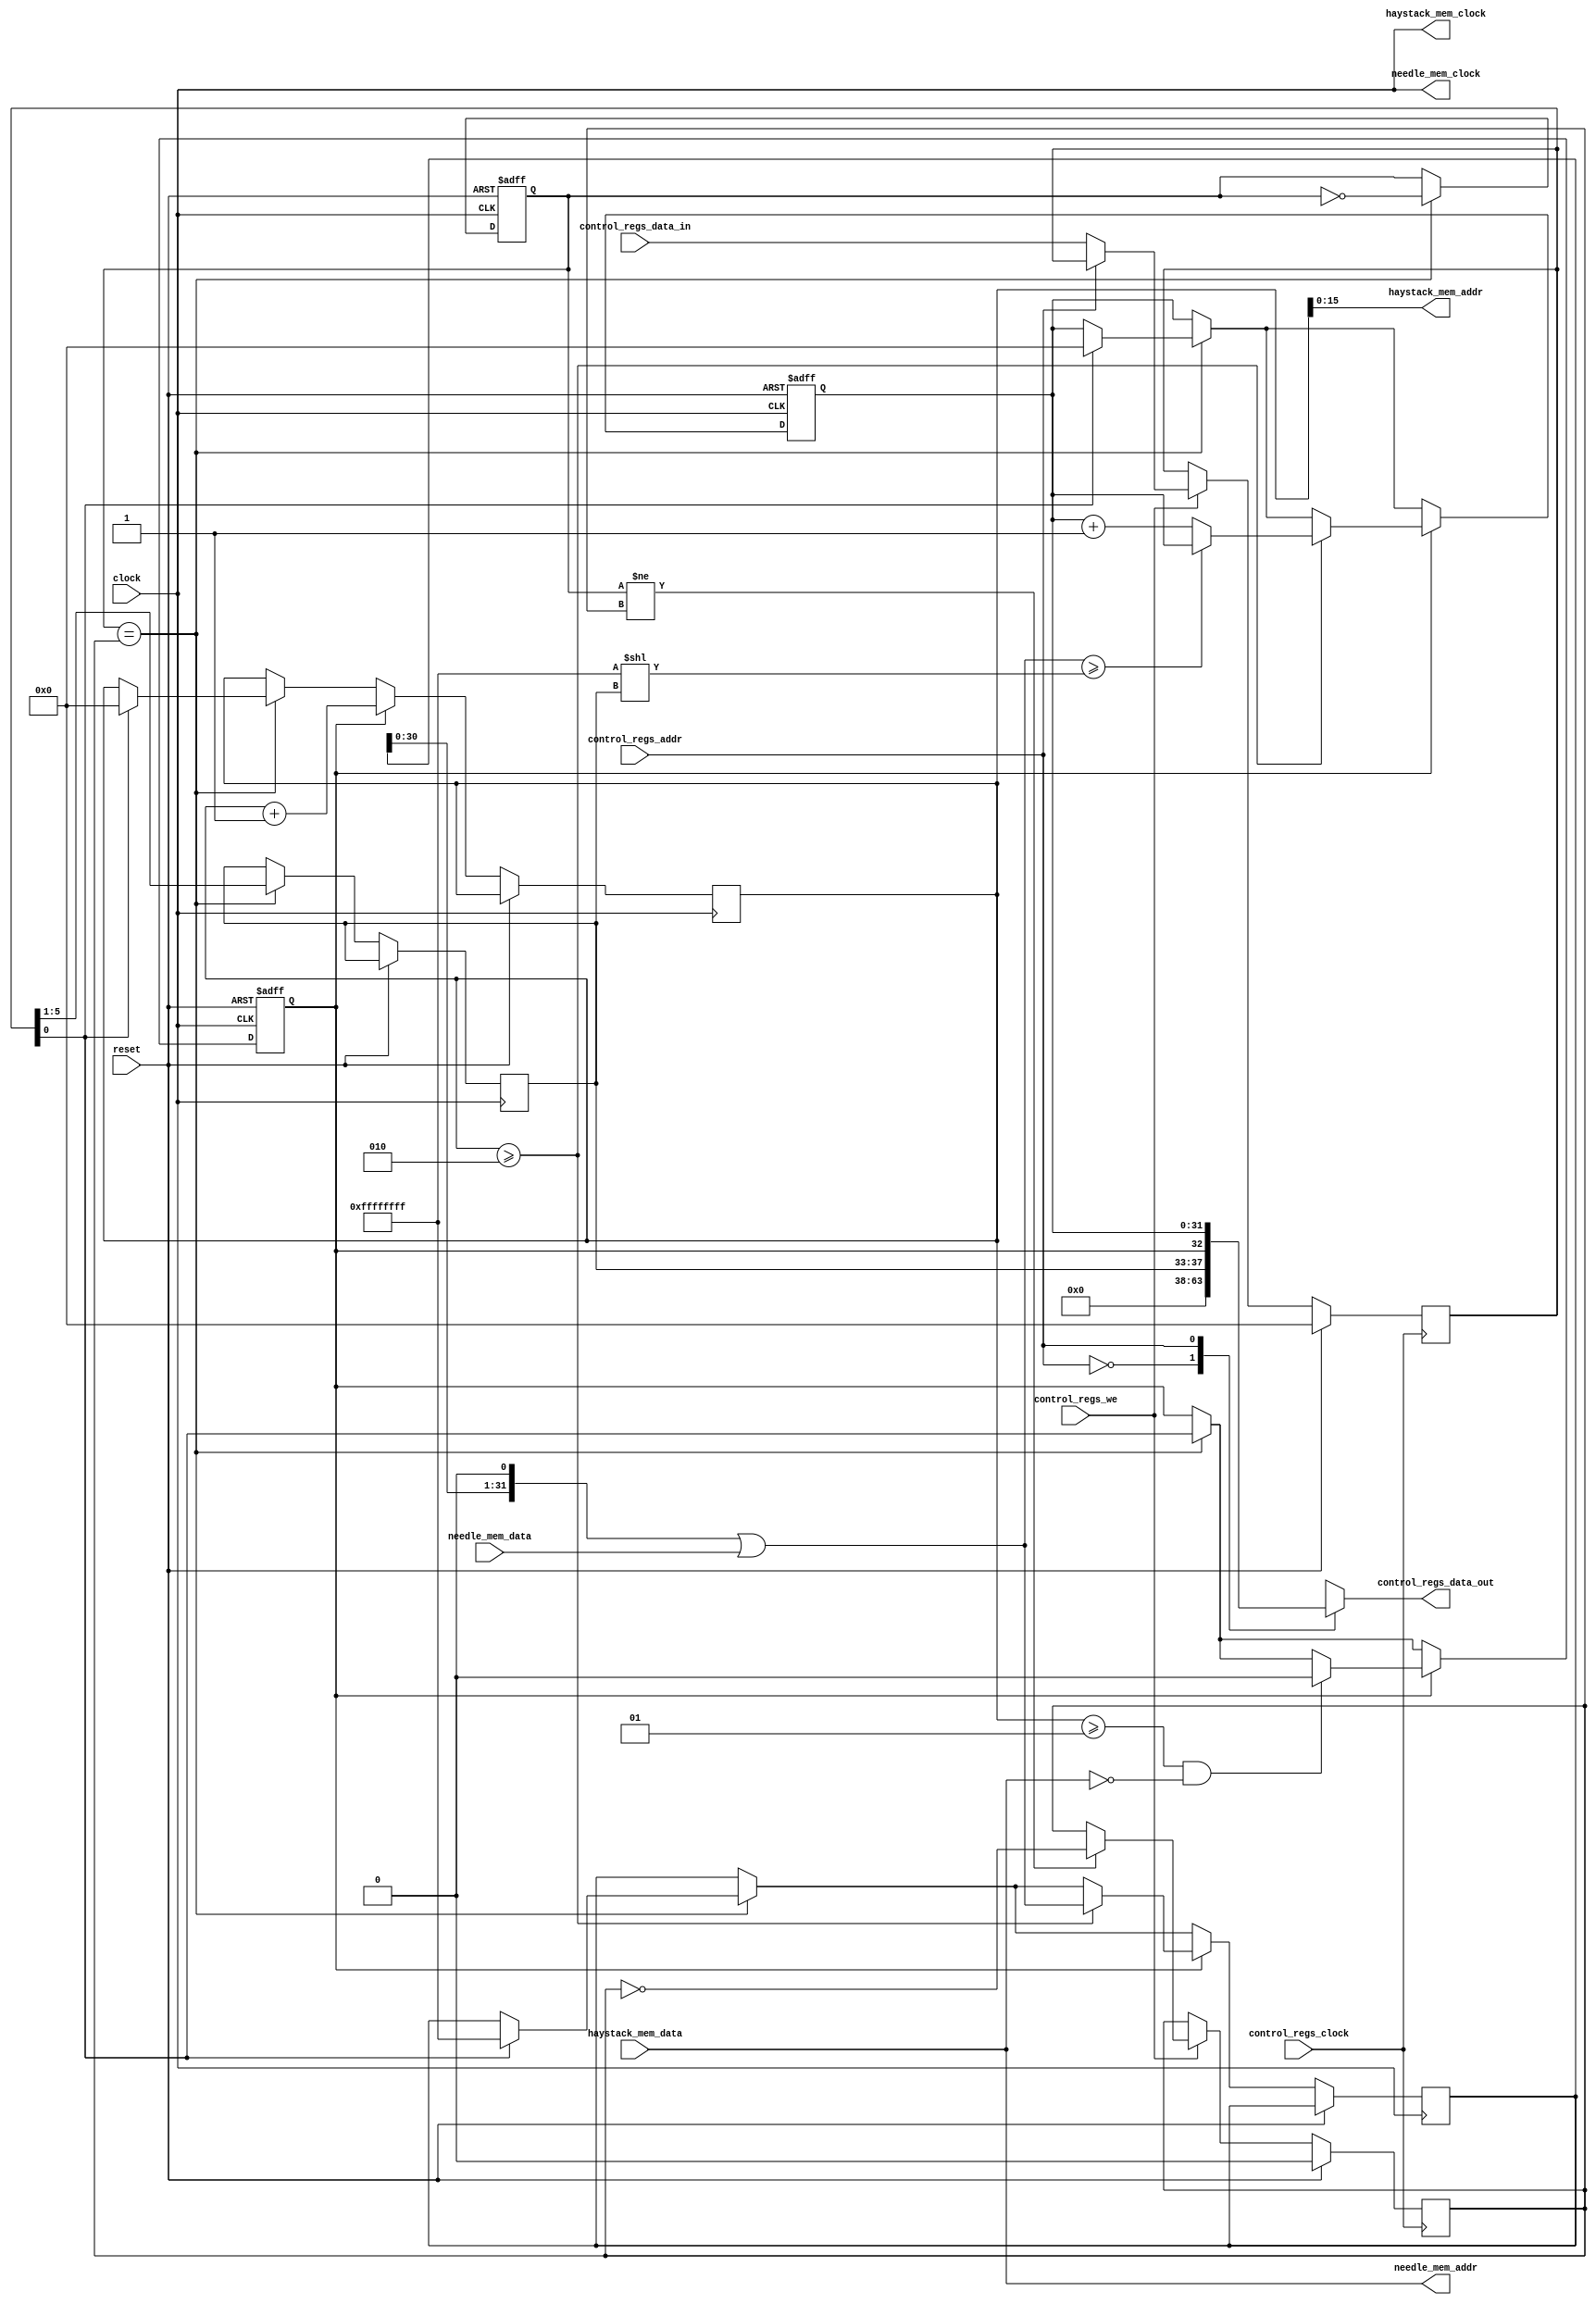
/*
 * Copyright 2014-2015 Igor Semenov (goshik92@gmail.com)
 *
 * This program is free software: you can redistribute it and/or modify
 * it under the terms of the GNU General Public License as published by
 * the Free Software Foundation, either version 3 of the License, or
 * (at your option) any later version.
 * This program is distributed in the hope that it will be useful,
 * but WITHOUT ANY WARRANTY; without even the implied warranty of
 * MERCHANTABILITY or FITNESS FOR A PARTICULAR PURPOSE.  See the
 * GNU General Public License for more details.
 *
 * You should have received a copy of the GNU General Public License
 * along with this program.  If not, see <http://www.gnu.org/licenses/>
 */

module bitap
(
	// Control registers stuff
	input control_regs_clock,
	input control_regs_we,
	input [0:0] control_regs_addr,
	input [31:0] control_regs_data_in,
	output reg [31:0] control_regs_data_out,
	
	// Memory for haystack
	output haystack_mem_clock,
	output [15:0] haystack_mem_addr,
	input [7:0] haystack_mem_data,
	
	// Memory for needle
	output needle_mem_clock,
	output [7:0] needle_mem_addr,
	input [31:0] needle_mem_data,
	
	// Clock and reset
	input clock,
	input reset
);

	reg run_enable;
	reg [4:0] needle_shift;
	reg [31:0] match_amount;
	reg [31:0] state;
	reg [31:0] needle_data;
	reg [31:0] control_reg0;
	reg wflag0, wflag1;
	integer counter;
	
	wire [31:0] state_limit = 32'hFFFF_FFFF << needle_shift;
	wire [31:0] new_state = (state << 1) | needle_mem_data;
	
	assign needle_mem_clock = clock;
	assign needle_mem_addr = haystack_mem_data;
	assign haystack_mem_clock = clock;
	assign haystack_mem_addr = counter;
	
	always @*
	begin
		case(control_regs_addr)
			1'b0: control_regs_data_out <= {needle_shift, run_enable};
			1'b1: control_regs_data_out <= match_amount;
		endcase
	end
	
	always @(posedge control_regs_clock)
	begin
		if (reset)
		begin
			wflag0 <= 1'b0;
			control_reg0 <= 1'b0;
		end
		
		else
		begin
			if (control_regs_we)
			begin
				case(control_regs_addr)
					1'b0: control_reg0 <= control_regs_data_in;
				endcase
				if (wflag1 != wflag0) wflag0 <= ~wflag0;
			end
		end
	end

	always @(posedge reset or posedge clock)
	begin
		if (reset)
		begin
			wflag1 <= 1'b0;
			run_enable <= 1'b0;
			match_amount <= 1'b0;
		end
		
		else
		begin
			if (wflag1 == wflag0)
			begin
				wflag1 <= ~wflag1;
				{needle_shift, run_enable} <= control_reg0;
				
				if (control_reg0[0]) // If run_enable will be set
				begin
					counter <= 1'b0;
					match_amount <= 1'b0;
					state <= 32'hFFFF_FFFF;
				end
			end
		
			if (run_enable)
			begin
				if (counter >= 2)
				begin
					state <= new_state;
					
					if (new_state >= state_limit) match_amount <= match_amount;
					else match_amount <= match_amount + 1'b1;
				end
				
				// if we get null-terminator then stop
				if (counter >= 1 && !haystack_mem_data) run_enable <= 1'b0;
				
				counter <= counter + 1'b1;
			end
		end
	end

endmodule